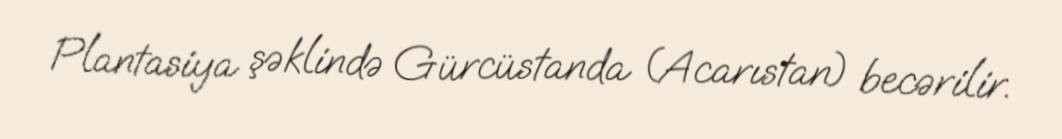
Plantasiya şəklində Gürcüstanda (Acarıstan) becərilir.